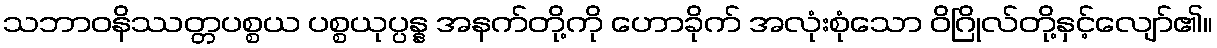
သဘာဝနိဿတ္တပစ္စယ ပစ္စယုပ္ပန္န အနက်တို့ကို ဟောခိုက် အလုံးစုံသော ဝိဂြိုလ်တို့နှင့်လျော်၏။